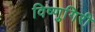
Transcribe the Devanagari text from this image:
विष्णुगिरी